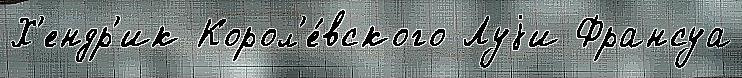
Х'ендр'ик Корол'е́вского Луjи Франсуа